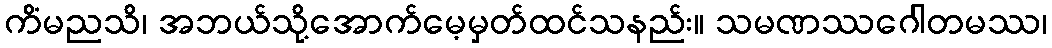
ကိံမညသိ၊ အဘယ်သို့အောက်မေ့မှတ်ထင်သနည်း။ သမဏဿဂေါတမဿ၊